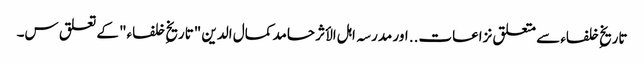
تاریخِ خلفاء سے متعلق نزاعات.. اور مدرسہ اہل الأثر حامد کمال الدین "تاریخِ خلفاء" کے تعلق س۔